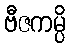
ဗီဇကမ္ပိ